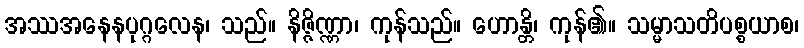
အဿအနေနပုဂ္ဂလေန၊ သည်။ နိဇ္ဇိဏ္ဏာ၊ ကုန်သည်။ ဟောန္တိ၊ ကုန်၏။ သမ္မာသတိပစ္စယာစ၊